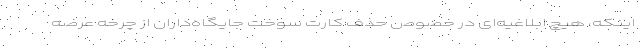
اینکه، هیچ ابلاغیه‌ای در خصوص حذف کارت سوخت جایگاه‌داران از چرخه عرضه